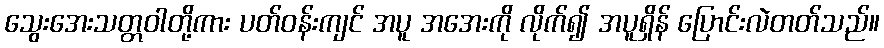
သွေးအေးသတ္တဝါတို့ကား ပတ်ဝန်းကျင် အပူ အအေးကို လိုက်၍ အပူရှိန် ပြောင်းလဲတတ်သည်။